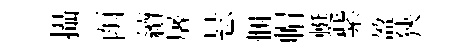
攝函續屠悬悃㡌蜓紫盈狹